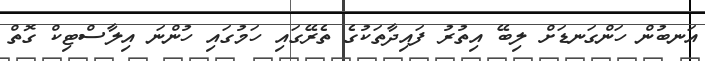
އަނބުން ހަންގަނޑަށް ލިބޭ އިތުރު ފައިދާތަކުގެ ތެރޭގައި ހަމުގައި ހުންނަ އިލާސްޓިކް ގޮތް